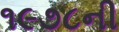
૧૯૭૮ની